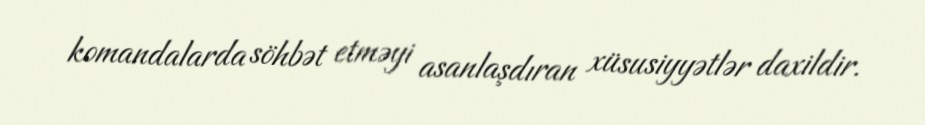
komandalarda söhbət etməyi asanlaşdıran xüsusiyyətlər daxildir.